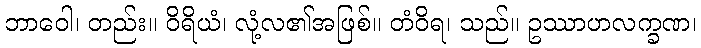
ဘာဝေါ၊ တည်း။ ဝိရိယံ၊ လုံ့လ၏အဖြစ်။ တံဝိရ၊ သည်။ ဥဿာဟလက္ခဏ၊